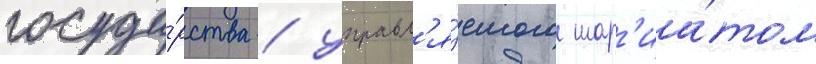
госуда́рства / управл'я́емого шар'иа́том